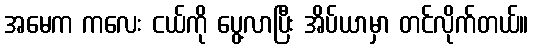
အမေက ကလေး ငယ်ကို ပွေ့လာပြီး အိပ်ယာမှာ တင်လိုက်တယ်။